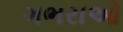
ગભરાઓ